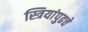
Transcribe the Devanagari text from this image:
स्त्रियांपुढचे